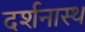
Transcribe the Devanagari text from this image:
दर्शनास्थ